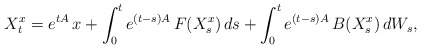
\begin{align*} X^x_t = e^{ t A }\, x + \int_0^t e^{ ( t - s )A }\, F( X^x_s ) \, ds + \int_0^t e^{ ( t - s )A }\, B( X^x_s ) \, dW_s ,\end{align*}